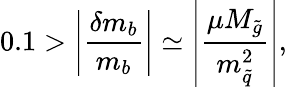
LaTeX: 0.1>\left|{\frac{\delta m_{b}}{m_{b}}}\right|\simeq\left|{\frac{\mu M_{\tilde{g}}}{m_{\tilde{q}}^{2}}}\right|,